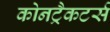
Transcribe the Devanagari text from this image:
कोनट्रैकटर्स